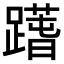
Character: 𨅱